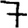
Digit: 7